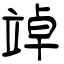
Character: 竨